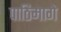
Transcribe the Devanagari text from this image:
पाठिमागे